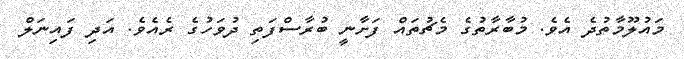
މައުލޫމާތުދެ އެވެ. މުބާރާތުގެ މެޗުތައް ފަށާނީ ބުރާސްފަތި ދުވަހުގެ ރެއެވެ. އަދި ފައިނަލް